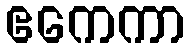
ဧကေကာ